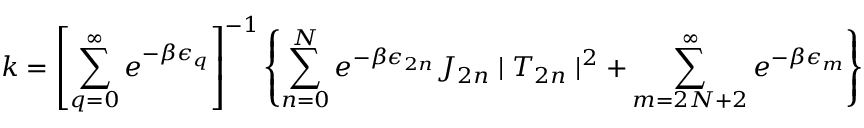
k = \left[ \sum _ { q = 0 } ^ { \infty } e ^ { - \beta \epsilon _ { q } } \right] ^ { - 1 } \left\{ \sum _ { n = 0 } ^ { N } e ^ { - \beta \epsilon _ { 2 n } } J _ { 2 n } \mid T _ { 2 n } \mid ^ { 2 } + \sum _ { m = 2 N + 2 } ^ { \infty } e ^ { - \beta \epsilon _ { m } } \right\}